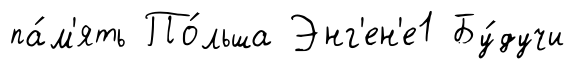
па́м'ять По́льша Энг'ен'е1 Бу́дучи